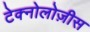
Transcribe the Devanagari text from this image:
टेक्नोलोज़ीस